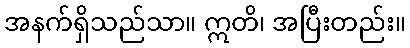
အနက်ရှိသည်သာ။ ဣတိ၊ အပြီးတည်း။